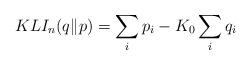
LaTeX: \begin{align*}KLI_{n}(q\|p)=\sum_{i}p_{i}-K_{0}\sum_{i}q_{i}\end{align*}